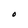
Character: O